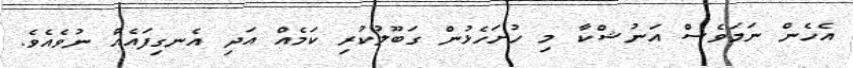
އެހެން ނަމަވެސް އަނުޝްކާ މި ހުށަހެޅުން ގަބޫލުކުރި ކަމެއް އަދި އެނގިފައެއް ނުވެއެވެ.